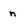
Character: n